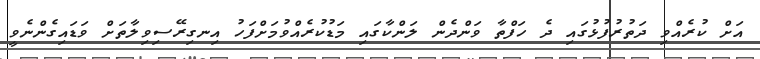
އަށް ކުރެއްވި ދަތުރުފުޅުގައި ދެ ހަފްތާ ވަންދެން ލަންކާގައި މަޑުކުރެއްވުމަށްފަހު އިނގިރޭސިވިލާތަށް ވަޑައިގެންނެވީ